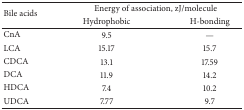
<table><thead><tr><td rowspan="2"><b>Bile acids</b></td><td colspan="2"><b>Energy of association, zJ/molecule</b></td></tr><tr><td><b>Hydrophobic</b></td><td><b>H-bonding</b></td></tr></thead><tbody><tr><td>CnA</td><td>9.5</td><td>—</td></tr><tr><td>LCA</td><td>15.17</td><td>15.7</td></tr><tr><td>CDCA</td><td>13.1</td><td>17.59</td></tr><tr><td>DCA</td><td>11.9</td><td>14.2</td></tr><tr><td>HDCA</td><td>7.4</td><td>10.2</td></tr><tr><td>UDCA</td><td>7.77</td><td>9.7</td></tr></tbody></table>